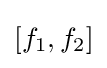
\left[f_{1},f_{2}\right]